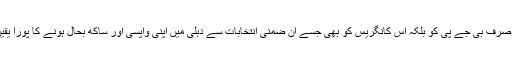
دہلی کے وزیر اعلیٰ اروند کیجری وال کی عام آدمی پارٹی نے نہ صرف بی جے پی کو بلکہ اس کانگریس کو بھی جسے ان ضمنی انتخابات سے دہلی میں اپنی واپسی اور ساکھ بحال ہونے کا پورا یقین تھا عام آدمی سے پٹ گئی اور صرف4سیٹیں ہی اسے مل سکیں۔